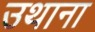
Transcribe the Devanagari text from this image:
उथाना